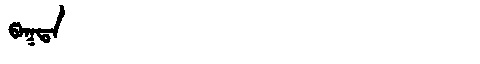
Manchu: ᡦᠠᡴᡨᠠ
Romanization: PAKTA